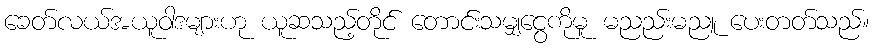
ခေတ်လယ်အယူဝါဒများဟု ယူဆသည့်တိုင် တောင်းသမျှငွေကိုမူ မညည်းမညူ ပေးတတ်သည်။